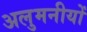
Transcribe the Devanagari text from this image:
अलुमनीयों